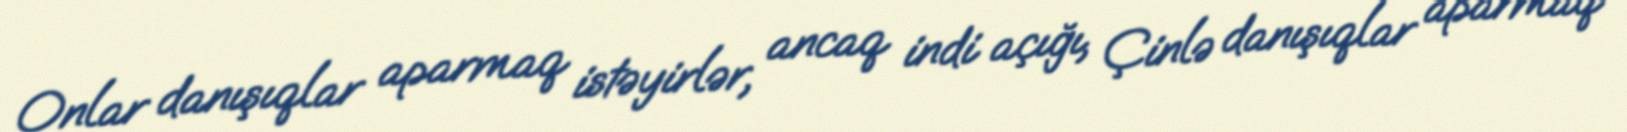
Onlar danışıqlar aparmaq istəyirlər, ancaq indi açığı, Çinlə danışıqlar aparmaq